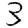
Digit: 3